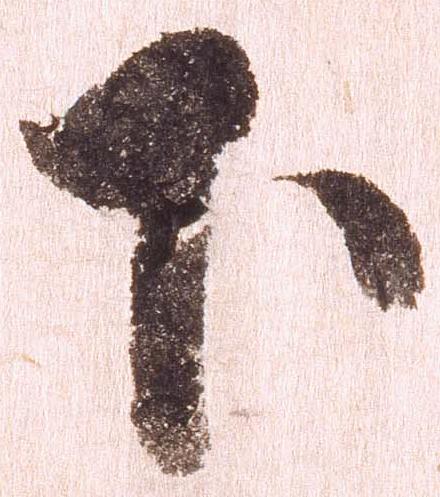
下